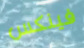
فينكس